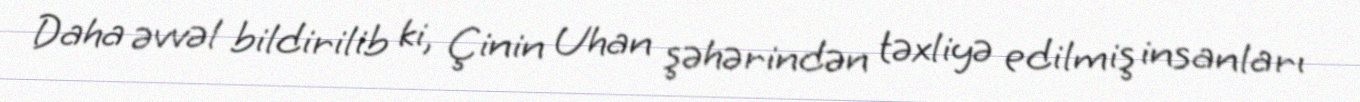
Daha əvvəl bildirilib ki, Çinin Uhan şəhərindən təxliyə edilmiş insanları